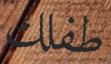
طفلك